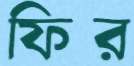
ফির